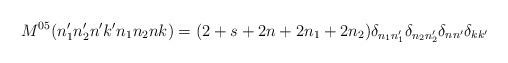
LaTeX: \begin{align*}M^{05}(n_1'n_2'n'k'n_1n_2nk)=(2+s+2n+2n_1+2n_2)\delta_{n_1n_1'}\delta_{n_2n_2'}\delta_{nn'}\delta_{kk'}\end{align*}